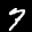
Label: 7